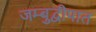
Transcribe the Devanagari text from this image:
जम्बुद्वीपात